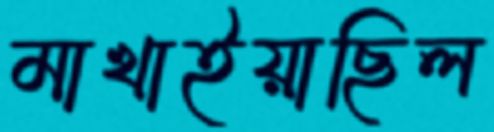
মাখাইয়াছিল